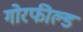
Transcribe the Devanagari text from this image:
गोरफील्ड